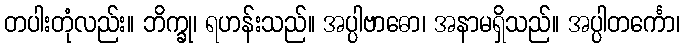
တပါးတုံလည်း။ ဘိက္ခု၊ ရဟန်းသည်။ အပ္ပါဗာဓော၊ အနာမရှိသည်။ အပ္ပါတင်္ကော၊